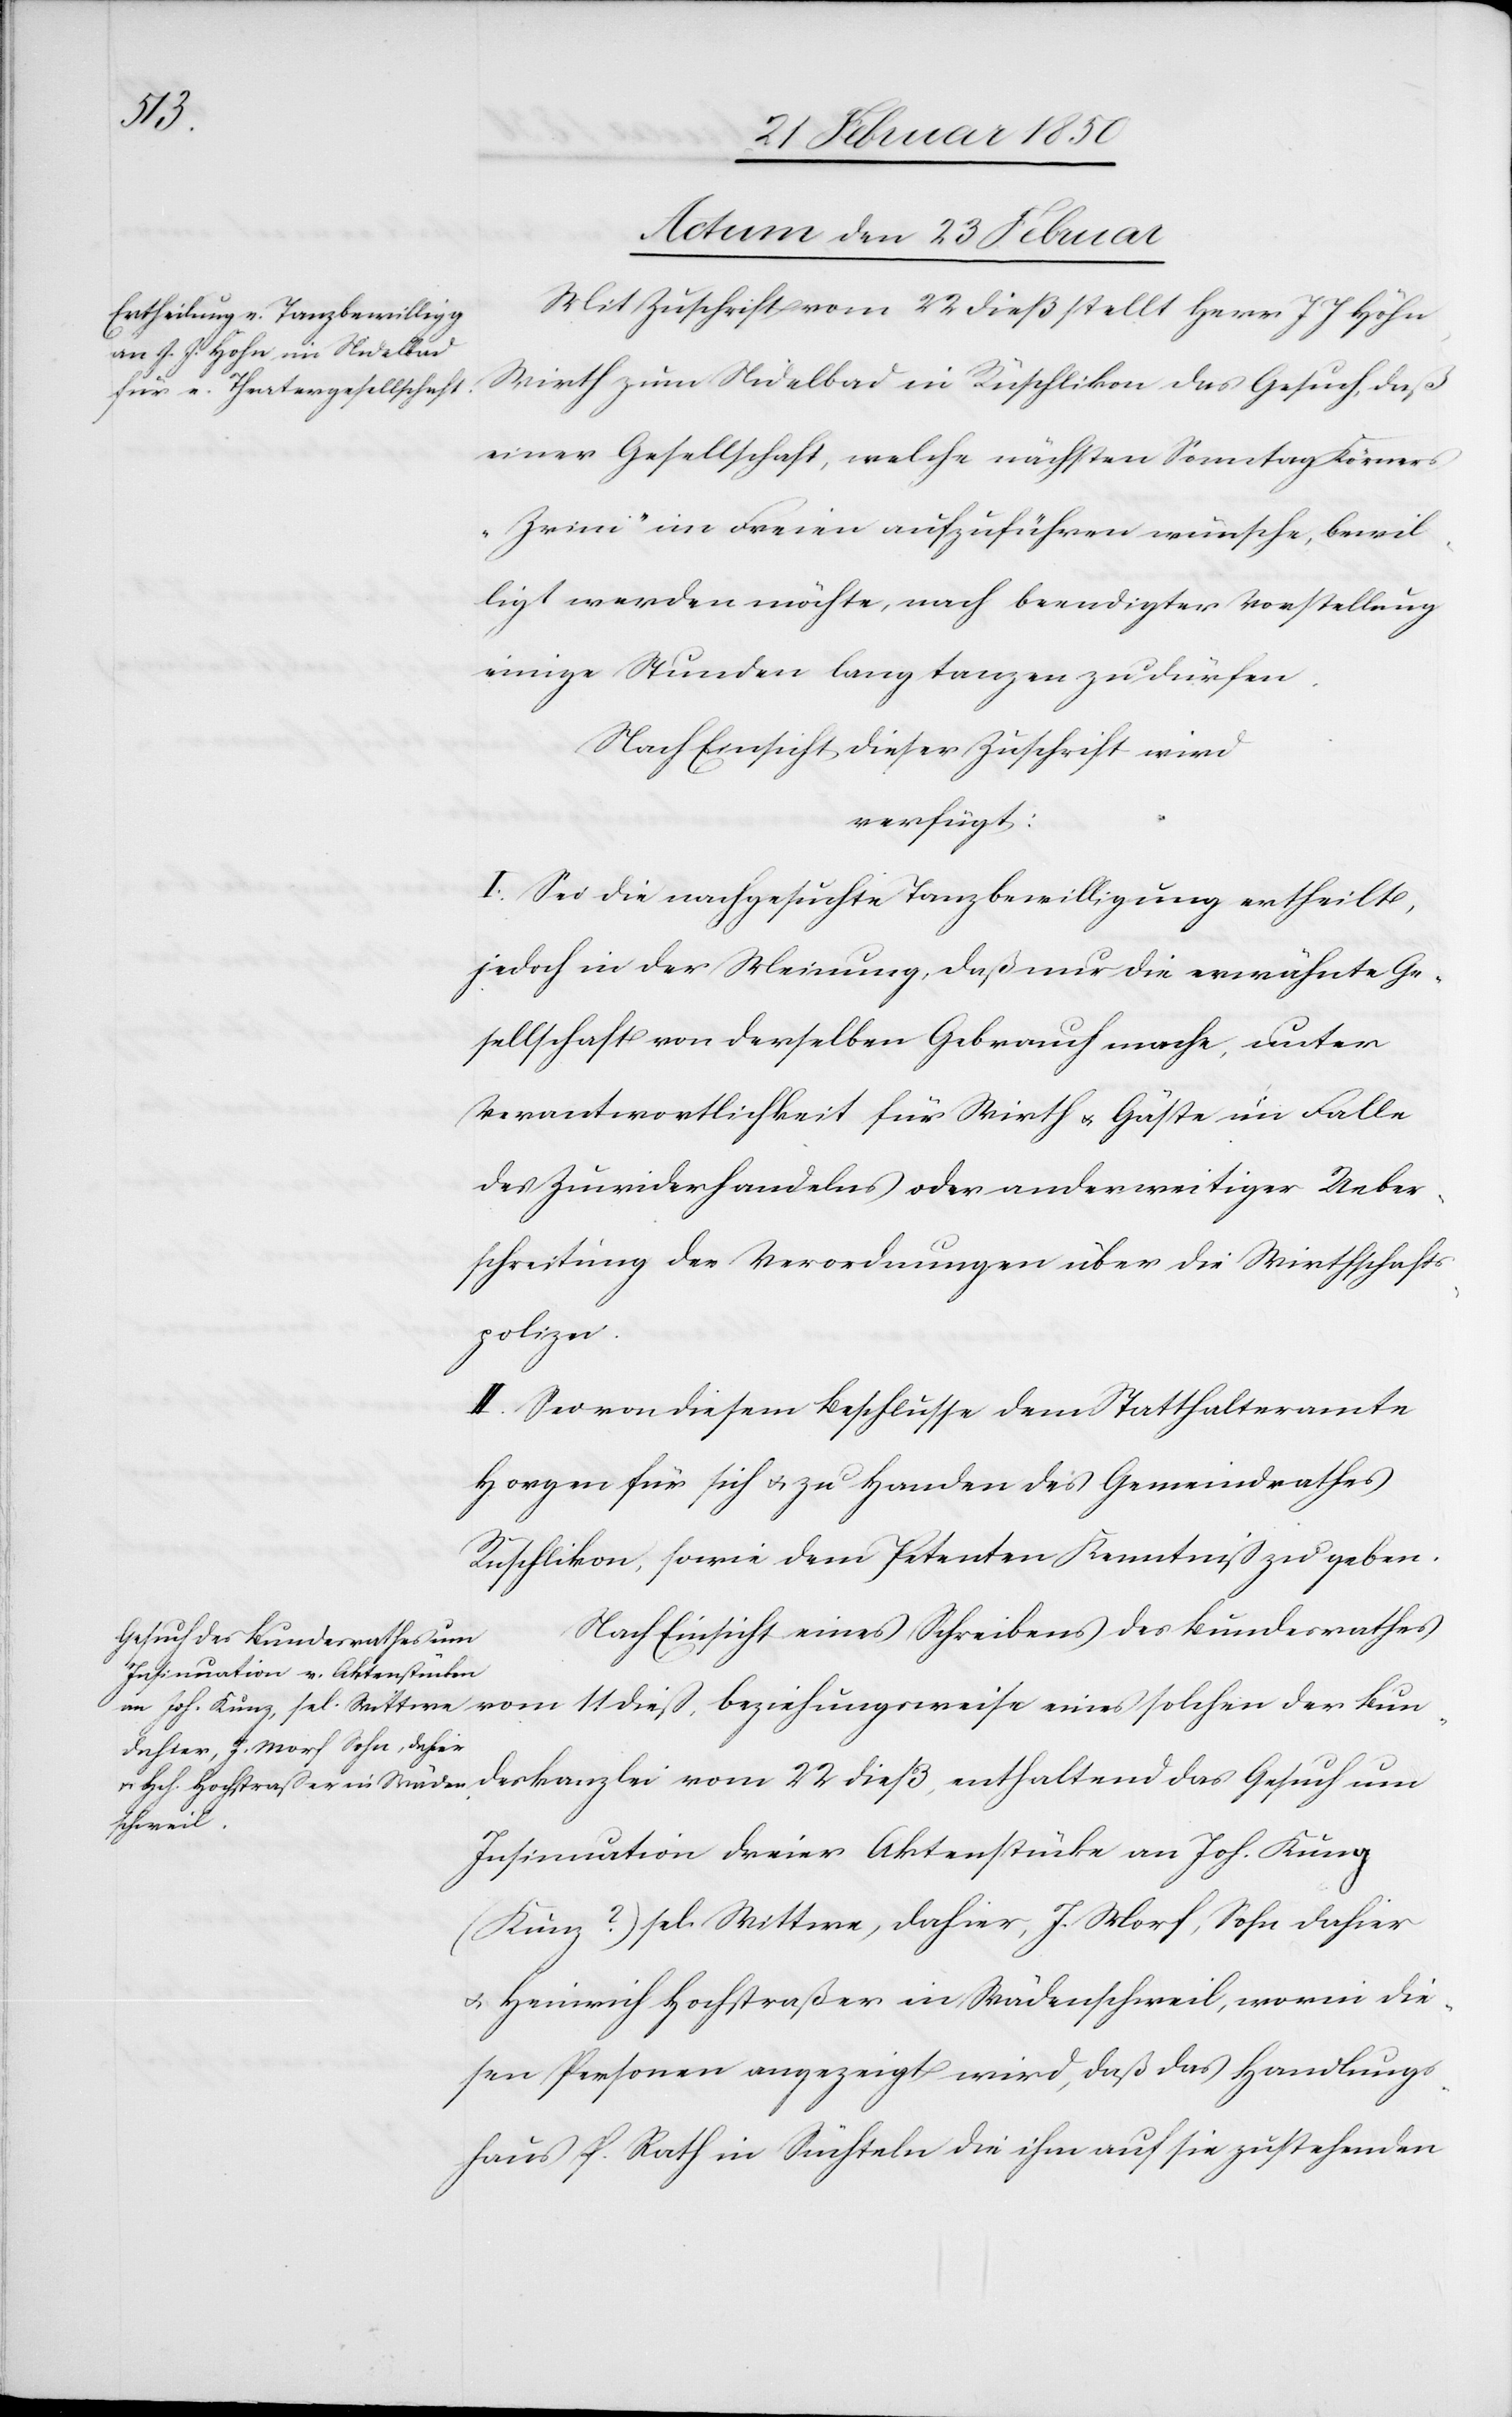
das
Actum den 23 Februar.]
Mit Zuschrift vom 22 dieß stellt Herr J J Höhn,
Wirth zum Nidelbad in Rüschlikon das Gesuch, daß
einer Gesellschaft, welche nächsten Sonntag Körners
„Zvini“ im Freien aufzuführen wünsche, bewil¬
ligt werden möchte, nach beendigter Vorstellung
einige Stunden lang tanzen zu dürfen.
Nach Einsicht dieser Zuschrift wird
verfügt:
I. Sei die nachgesuchte Tanzbewilligung ertheilt,
jedoch in der Meinung, daß nur die erwähnte Ge¬
sellschaft von derselben Gebrauch mache, unter
Verantwortlichkeit für Wirth u. Gäste im Falle
des Zuwiderhandelns oder anderweitiger Ueber¬
schreitung der Verordnungen über die Wirtschafts¬
polizei.
II. Sei von diesem Beschlusse dem Statthalteramte
Horgen für sich u. zu Handen des Gemeindrathes
Rüschlikon, sowie dem Petenten Kenntniß zu geben.
Nach Einsicht eines Schreibens des Bundesrathes
Gesuch
Insinuation dreier Aktenstücke an Joh. Kung
(Kunz?) sel. Wittwe, dahier, J. Morf, Sohn dahier
u. Heinrich Hochstraßer in Wädenschweil, worin die¬
sen Personen angezeigt wird, daß das Handlungs¬
haus P. Rath in Süchteln die ihm auf sie zustehenden